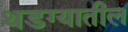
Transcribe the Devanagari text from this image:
थडग्यातील